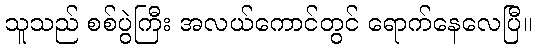
သူသည် စစ်ပွဲကြီး အလယ်ကောင်တွင် ရောက်နေလေပြီ။